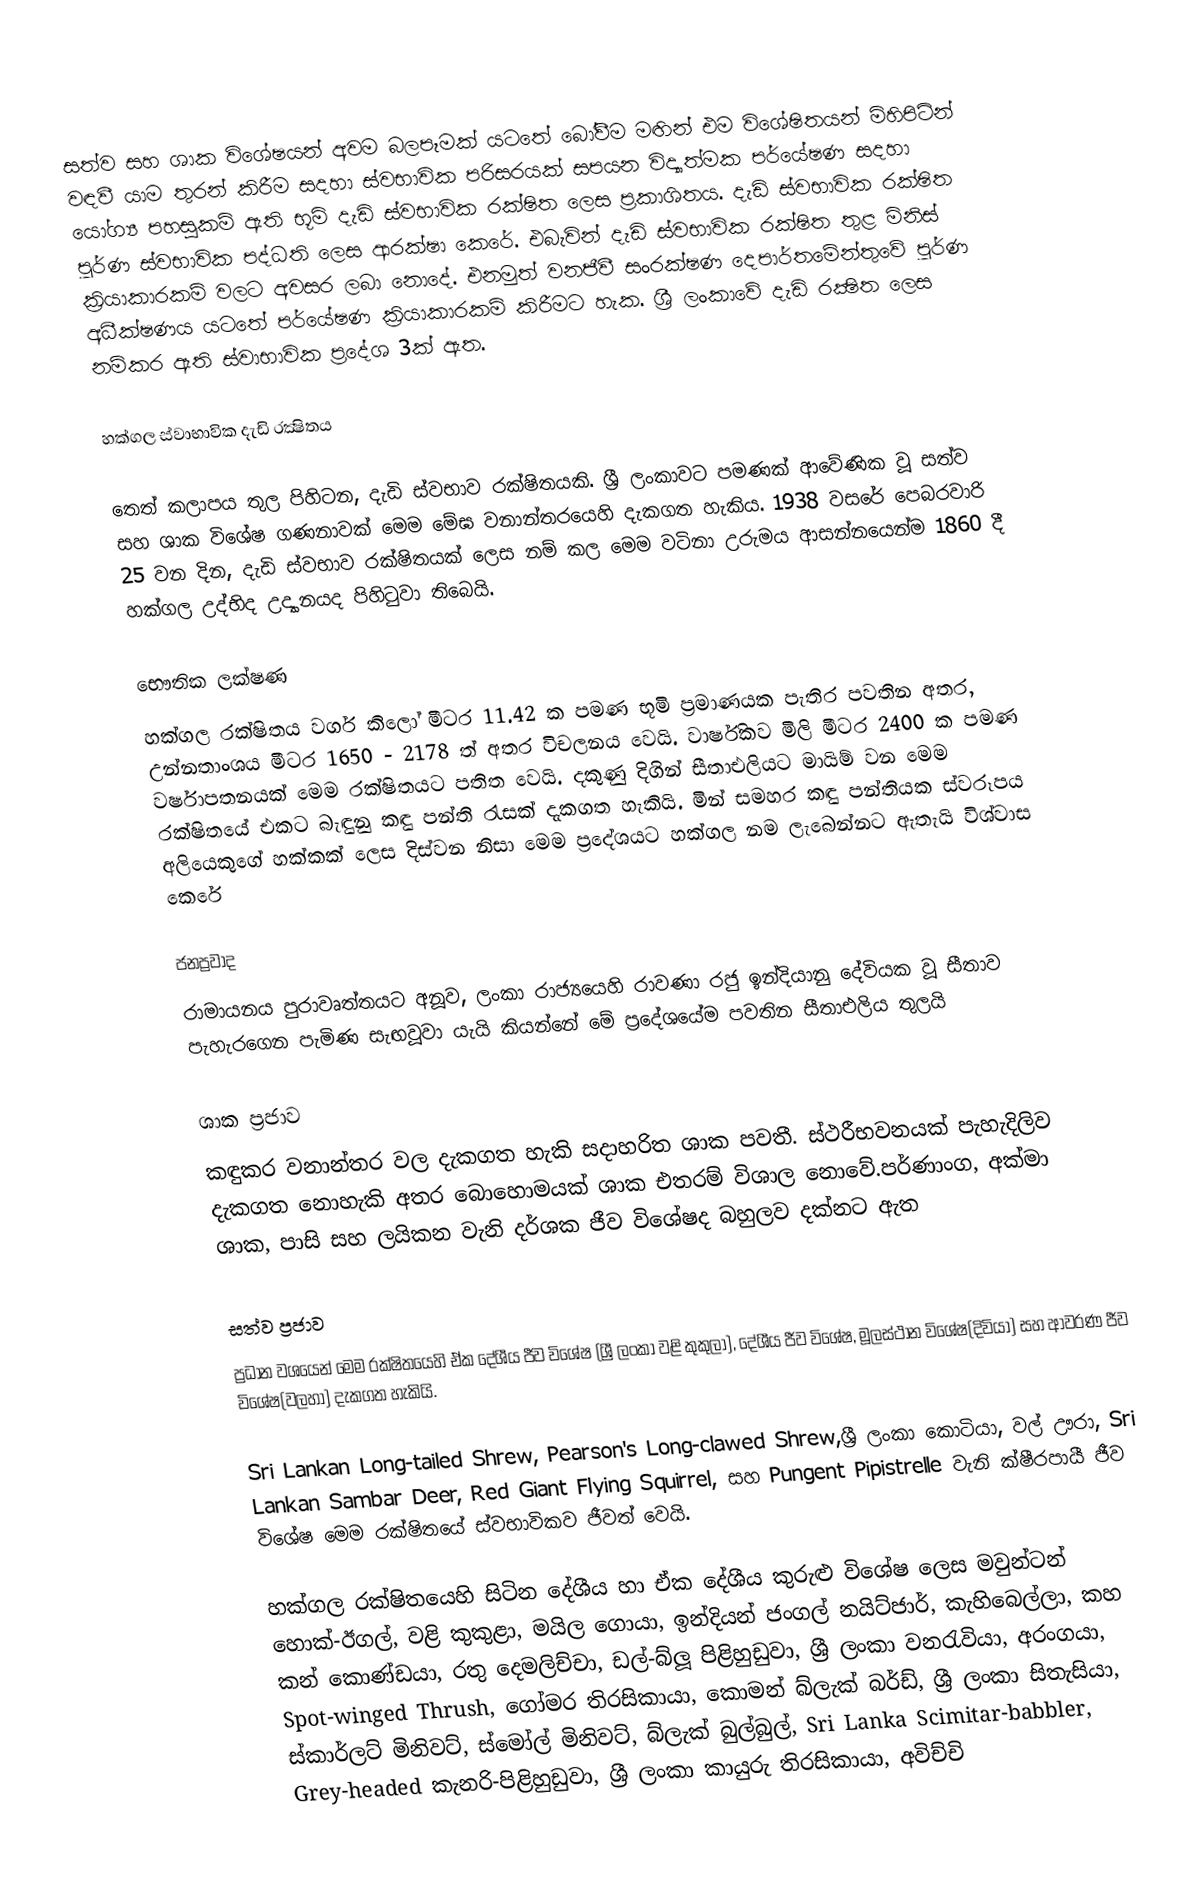
සත්ව සහ ශාක විශේෂයන් අවම බලපෑමක් යටතේ බෝවීම මඟින් එම විශේෂිතයන් මිහිපිටින් වඳවී යාම තුරන් කිරීම සදහා ස්වභාවික පරිසරයක් සපයන විද්‍යාත්මක පර්යේෂණ සදහා යෝග්‍ය පහසුකම් ඇති භූමි දැඩි ස්වභාවික රක්ෂිත ලෙස ප්‍රකාශිතය. දැඩි ස්වභාවික රක්ෂිත පූර්ණ ස්වභාවික පද්ධති ලෙස ආරක්ෂා කෙරේ. එබැවින් දැඩි ස්වභාවික රක්ෂිත තුළ මිනිස් ක්‍රියාකාරකම් වලට අවසර ලබා නොදේ. එනමුත් වනජීවී සංරක්ෂණ දෙපාර්තමේන්තුවේ පූර්ණ අධීක්ෂණය යටතේ පර්යේෂණ ක්‍රියාකාරකම් කිරීමට හැක. ශ්‍රී ලංකාවේ දැඩි රක්‍ෂිත ලෙස නම්කර ඇති ස්වාභාවික ප්‍රදේශ 3ක් ඇත.

හක්ගල ස්වාභාවික දැඩි රක්‍ෂිතය

තෙත් කලාපය තුල පිහිටන, දැඩි ස්වභාව රක්ෂිතයකි. ශ්‍රී ලංකාවට පමණක් ආවේණික වූ සත්ව සහ ශාක විශේෂ ගණනාවක් මෙම මේඝ වනාන්තරයෙහි දැකගත හැකිය. 1938 වසරේ පෙබරවාරි 25 වන දින, දැඩි ස්වභාව රක්ෂිතයක් ලෙස නම් කල මෙම වටිනා උරුමය ආසන්නයෙන්ම 1860 දී හක්ගල උද්භිද උද්‍යානයද පිහිටුවා තිබෙයි.

භෞතික ලක්ෂණ
හක්ගල රක්ෂිතය වර්ග කිලෝ මීටර 11.42 ක පමණ භූමි ප්‍රමාණයක පැතිර පවතින අතර, උන්නතාංශය මීටර 1650 - 2178 ත් අතර විචලනය වෙයි. වාර්ෂිකව මිලි මීටර 2400 ක පමණ වර්ෂාපතනයක් මෙම රක්ෂිතයට පතිත වෙයි. දකුණු දිගින් සීතාඑලියට මායිම් වන මෙම රක්ෂිතයේ එකට බැඳුනු කඳු පන්ති රැසක් දැකගත හැකියි. මින් සමහර කඳු පන්තියක ස්වරූපය අලියෙකුගේ හක්කක් ලෙස දිස්වන නිසා මෙම ප්‍රදේශයට හක්ගල නම ලැබෙන්නට ඇතැයි විශ්වාස කෙරේ

ජනප්‍රවාද
රාමායනය පුරාවෘත්තයට අනූව, ලංකා රාජ්‍යයෙහි රාවණා රජු ඉන්දියානු දේවියක වූ සීතාව පැහැරගෙන පැමිණ සැඟවූවා යැයි කියන්නේ මේ ප්‍රදේශයේම පවතින සීතාඑලිය තුලයි

ශාක ප්‍රජාව
කඳුකර වනාන්තර වල දැකගත හැකි සදාහරිත ශාක පවතී. ස්ථරීභවනයක් පැහැදිලිව දැකගත නොහැකි අතර බොහොමයක් ශාක එතරම් විශාල නොවේ.පර්ණාංග, අක්මා ශාක, පාසි සහ ලයිකන වැනි දර්ශක ජීව විශේෂද බහුලව දක්නට ඇත

සත්ව ප්‍රජාව
ප්‍රධාන වශයෙන් මෙම රක්ෂිතයෙහි ඒක දේශීය ජීව විශේෂ (ශ්‍රී ලංකා වළි කුකුලා), දේශීය ජීව විශේෂ, මූලස්ථාන විශේෂ(දිවියා) සහ ආවරණ ජීව විශේෂ(වලහා) දැකගත හැකියි.

Sri Lankan Long-tailed Shrew, Pearson's Long-clawed Shrew,ශ්‍රී ලංකා කොටියා, වල් ඌරා, Sri Lankan Sambar Deer, Red Giant Flying Squirrel, සහ Pungent Pipistrelle වැනි ක්ෂීරපායී ජීව විශේෂ මෙම රක්ෂිතයේ ස්වභාවිකව ජීවත් වෙයි.

හක්ගල රක්ෂිතයෙහි සිටින දේශීය හා ඒක දේශීය කුරුළු විශේෂ ලෙස මවුන්ටන් හොක්-ඊගල්, වළි කුකුළා, මයිල ගොයා, ඉන්දියන් ජංගල් නයිට්ජාර්, කැහිබෙල්ලා, කහ කන් කොණ්ඩයා, රතු දෙමලිච්චා, ඩල්-බ්ලූ පිළිහුඩුවා, ශ්‍රී ලංකා වනරැවියා, අරංගයා, Spot-winged Thrush, ගෝමර තිරසිකායා, කොමන් බ්ලැක් බර්ඩ්, ශ්‍රී ලංකා සිතැසියා, ස්කාර්ලට් මිනිවට්, ස්මෝල් මිනිවට්, බ්ලැක් බුල්බුල්, Sri Lanka Scimitar-babbler, Grey-headed කැනරි-පිළිහුඩුවා, ශ්‍රී ලංකා කායුරු තිරසිකායා, අවිච්චි